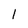
Character: 1